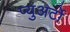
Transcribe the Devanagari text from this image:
प्युअर्टो